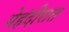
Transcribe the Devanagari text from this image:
मेहंदीरात